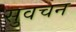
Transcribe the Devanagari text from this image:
सुवचन